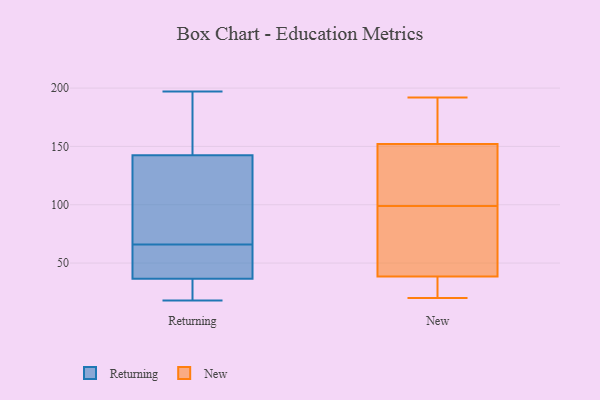
{"axis": {"x": "Demand Index", "y": "Value"}, "legend": ["New", "Returning"], "data": [{"x": "", "y": 78, "type": "Returning"}, {"x": "", "y": 29, "type": "Returning"}, {"x": "", "y": 18, "type": "Returning"}, {"x": "", "y": 39, "type": "Returning"}, {"x": "", "y": 197, "type": "Returning"}, {"x": "", "y": 156, "type": "Returning"}, {"x": "", "y": 52, "type": "Returning"}, {"x": "", "y": 66, "type": "Returning"}, {"x": "", "y": 57, "type": "Returning"}, {"x": "", "y": 138, "type": "Returning"}, {"x": "", "y": 157, "type": "Returning"}, {"x": "", "y": 69, "type": "Returning"}, {"x": "", "y": 26, "type": "Returning"}, {"x": "", "y": 99, "type": "New"}, {"x": "", "y": 37, "type": "New"}, {"x": "", "y": 117, "type": "New"}, {"x": "", "y": 99, "type": "New"}, {"x": "", "y": 43, "type": "New"}, {"x": "", "y": 22, "type": "New"}, {"x": "", "y": 70, "type": "New"}, {"x": "", "y": 20, "type": "New"}, {"x": "", "y": 174, "type": "New"}, {"x": "", "y": 103, "type": "New"}, {"x": "", "y": 172, "type": "New"}, {"x": "", "y": 40, "type": "New"}, {"x": "", "y": 192, "type": "New"}, {"x": "", "y": 20, "type": "New"}, {"x": "", "y": 36, "type": "New"}, {"x": "", "y": 137, "type": "New"}, {"x": "", "y": 167, "type": "New"}, {"x": "", "y": 97, "type": "New"}, {"x": "", "y": 173, "type": "New"}, {"x": "", "y": 134, "type": "New"}]}